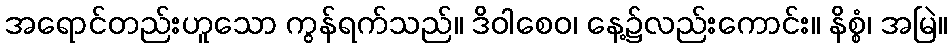
အရောင်တည်းဟူသော ကွန်ရက်သည်။ ဒိဝါစေဝ၊ နေ့၌လည်းကောင်း။ နိစ္စံ၊ အမြဲ။